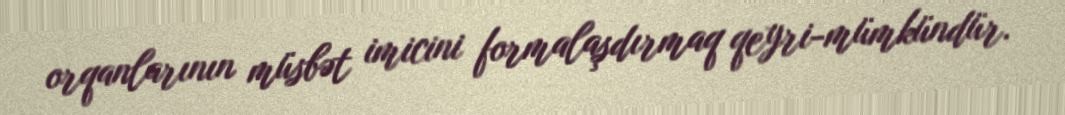
orqanlarının müsbət imicini formalaşdırmaq qeyri-mümkündür.